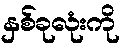
နှစ်ခုလုံးကို